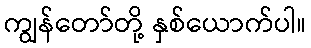
ကျွန်တော်တို့ နှစ်ယောက်ပါ။